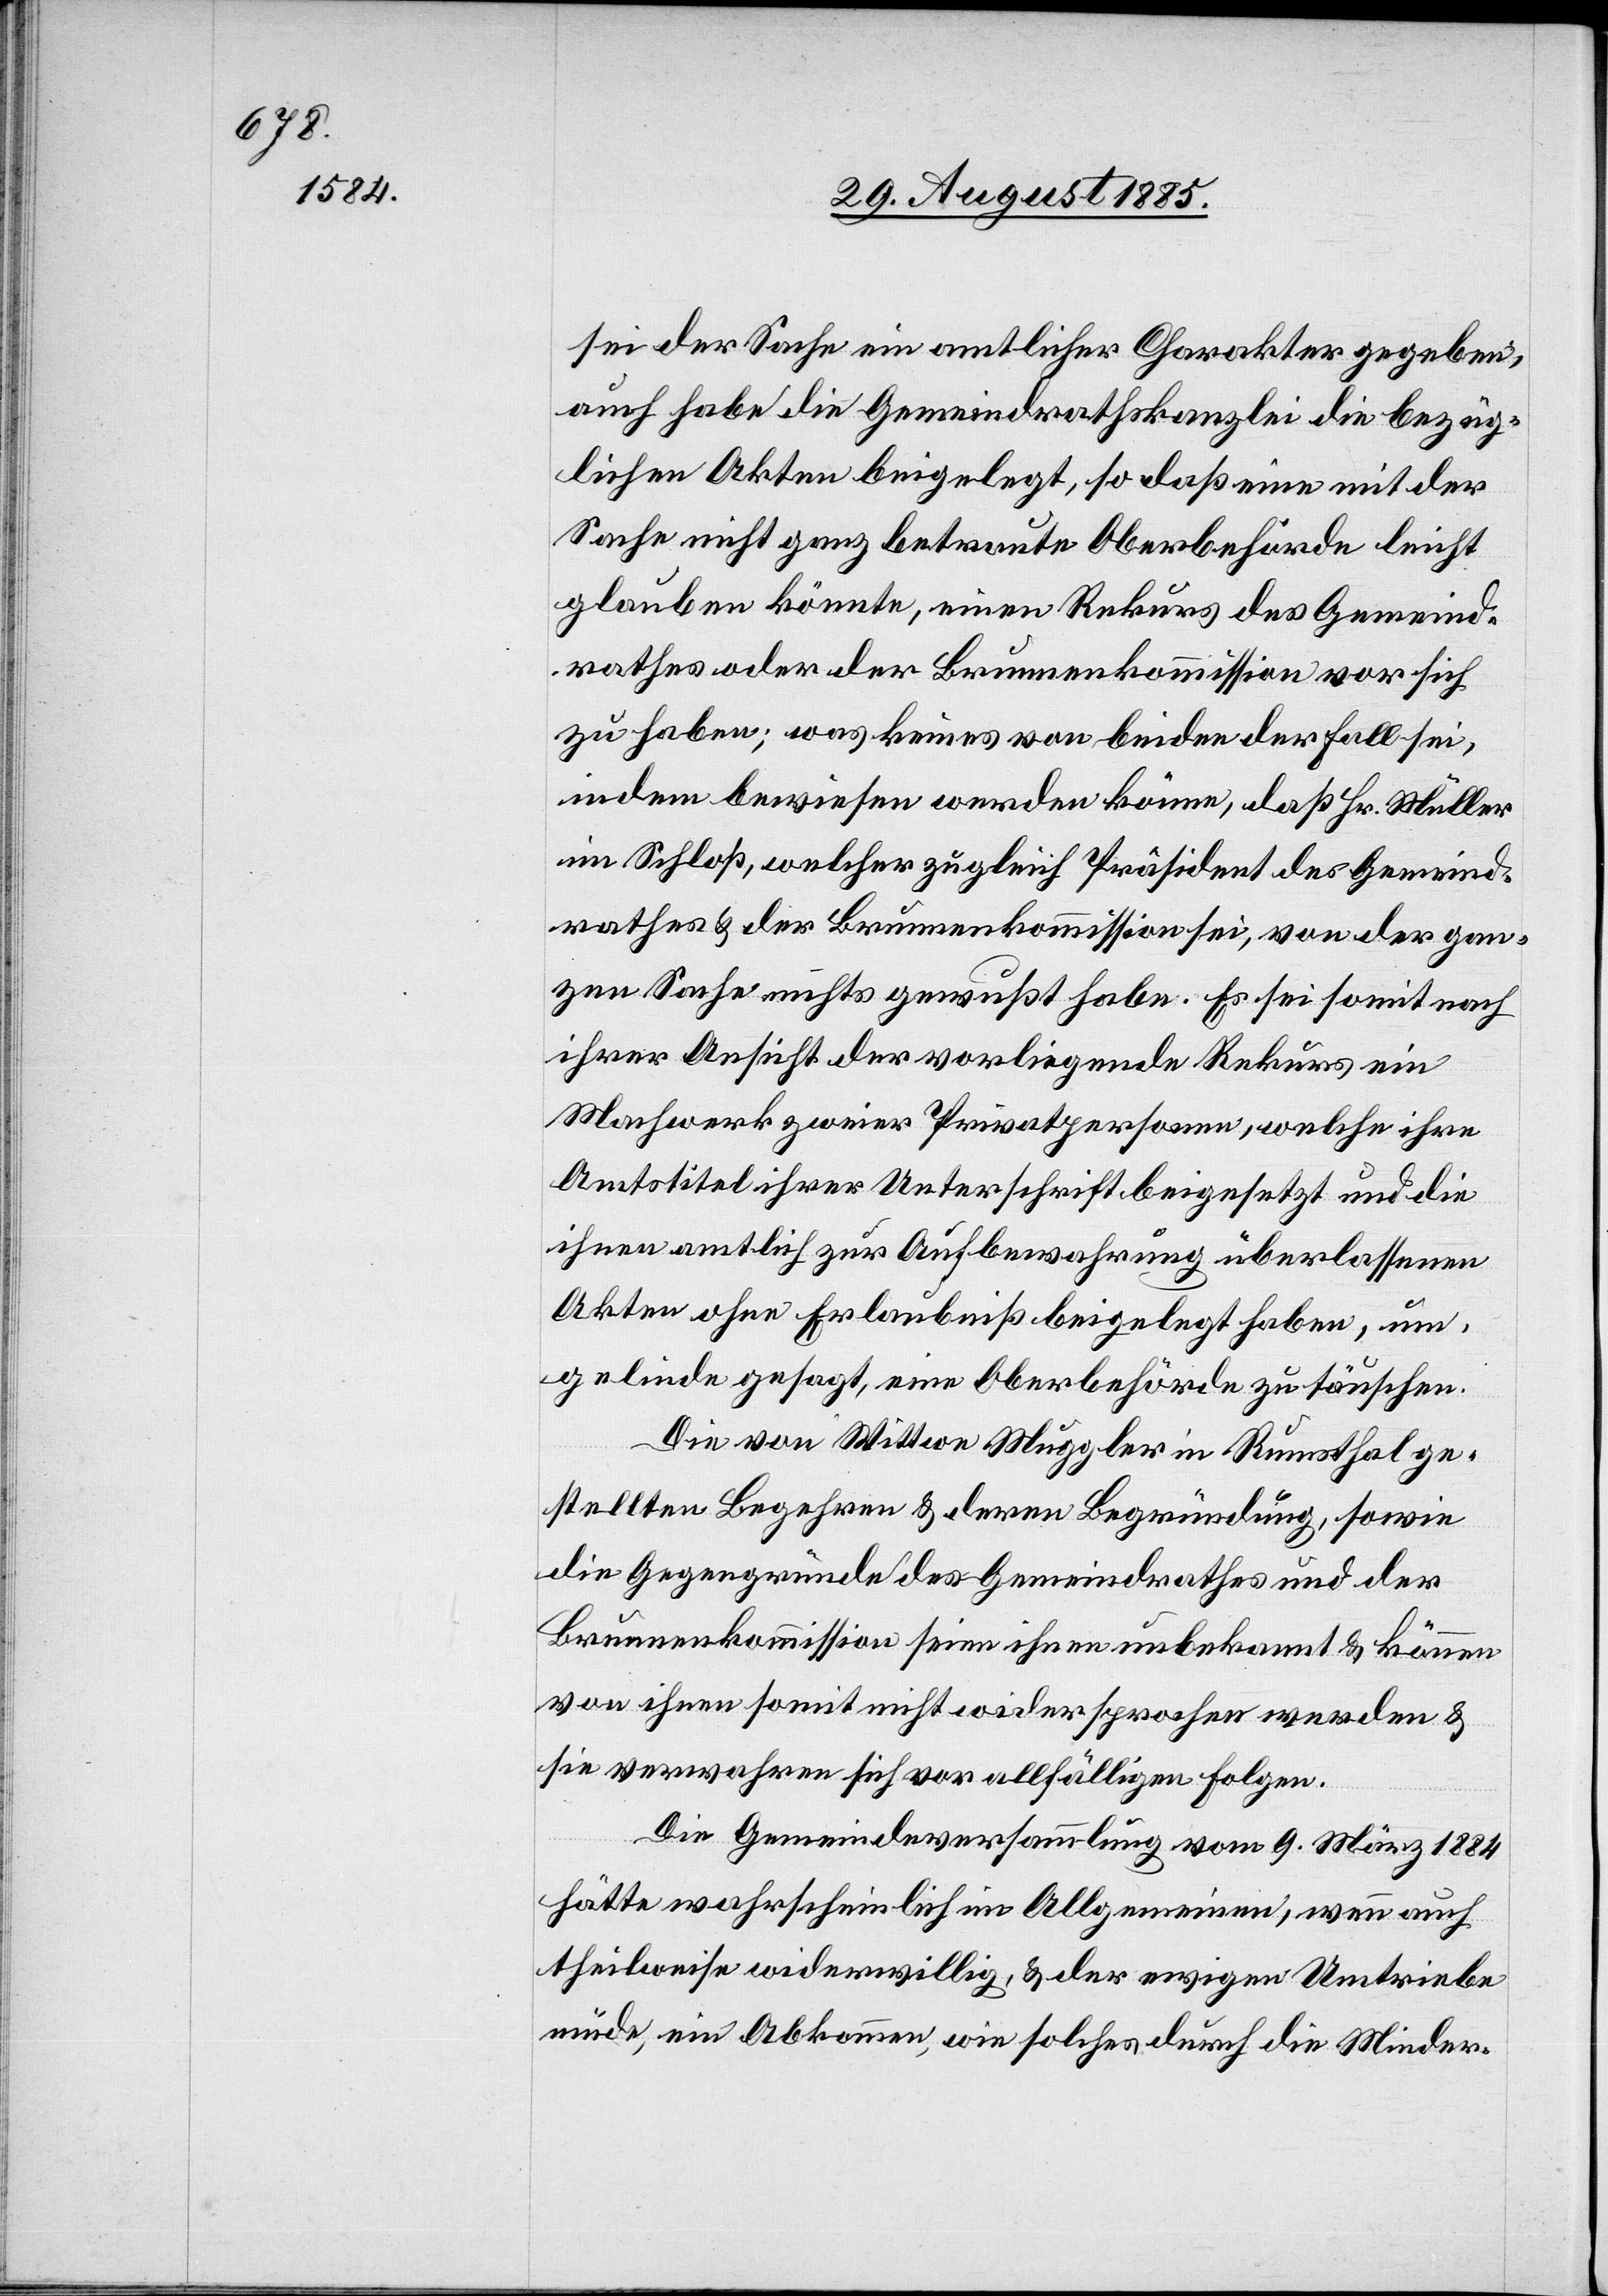
sei der Sache ein amtlicher Charakter gegeben,
auch habe die Gemeindrathskanzlei die bezüg¬
lichen Akten beigelegt, so daß eine mit der
Sache nicht ganz betraute Oberbehörde leicht
glauben könnte, einen Rekurs des Gemeind¬
rathes oder der Brunnenkommission vor sich
zu haben; was keines von beiden der Fall sei,
indem bewiesen werden könne, daß Hr. Müller
im Schloß, welcher zugleich Präsident des Gemeind¬
rathes & der Brunnenkommission sei, von der gan¬
zen Sache nichts gewußt habe. Es sei somit nach
ihrer Ansicht der vorliegende Rekurs ein
Machwerk zweier Privatpersonen, welche ihre
Amtstitel ihrer Unterschrift beigesetzt und die
ihnen amtlich zur Aufbewahrung überlassenen
Akten ohne Erlaubniß beigelegt haben, um
gelinde gesagt, eine Oberbehörde zu täuschen.
Die von Wittwe Muggler in Rumsthal ge¬
stellten Begehren & deren Begründung, sowie
die Gegengründe des Gemeindrathes und der
Brunnenkommission seien ihnen unbekannt & können
von ihnen somit nicht widersprochen werden &
sie verwahren sich vor allfälligen Folgen.
Die Gemeindeversammlung vom 9. März 1884
hätte wahrscheinlich im Allgemeinen, wenn auch
theilweise widerwillig, & der ewigen Umtriebe
müde, ein Abkommen, wie solches durch die Minder-